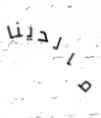
مالدينا